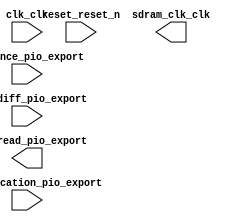

module cpu (
	clk_clk,
	distance_pio_export,
	classification_pio_export,
	read_diff_pio_export,
	done_read_pio_export,
	reset_reset_n,
	sdram_clk_clk);	

	input		clk_clk;
	input	[31:0]	distance_pio_export;
	input	[7:0]	classification_pio_export;
	input	[7:0]	read_diff_pio_export;
	output	[7:0]	done_read_pio_export;
	input		reset_reset_n;
	output		sdram_clk_clk;
endmodule